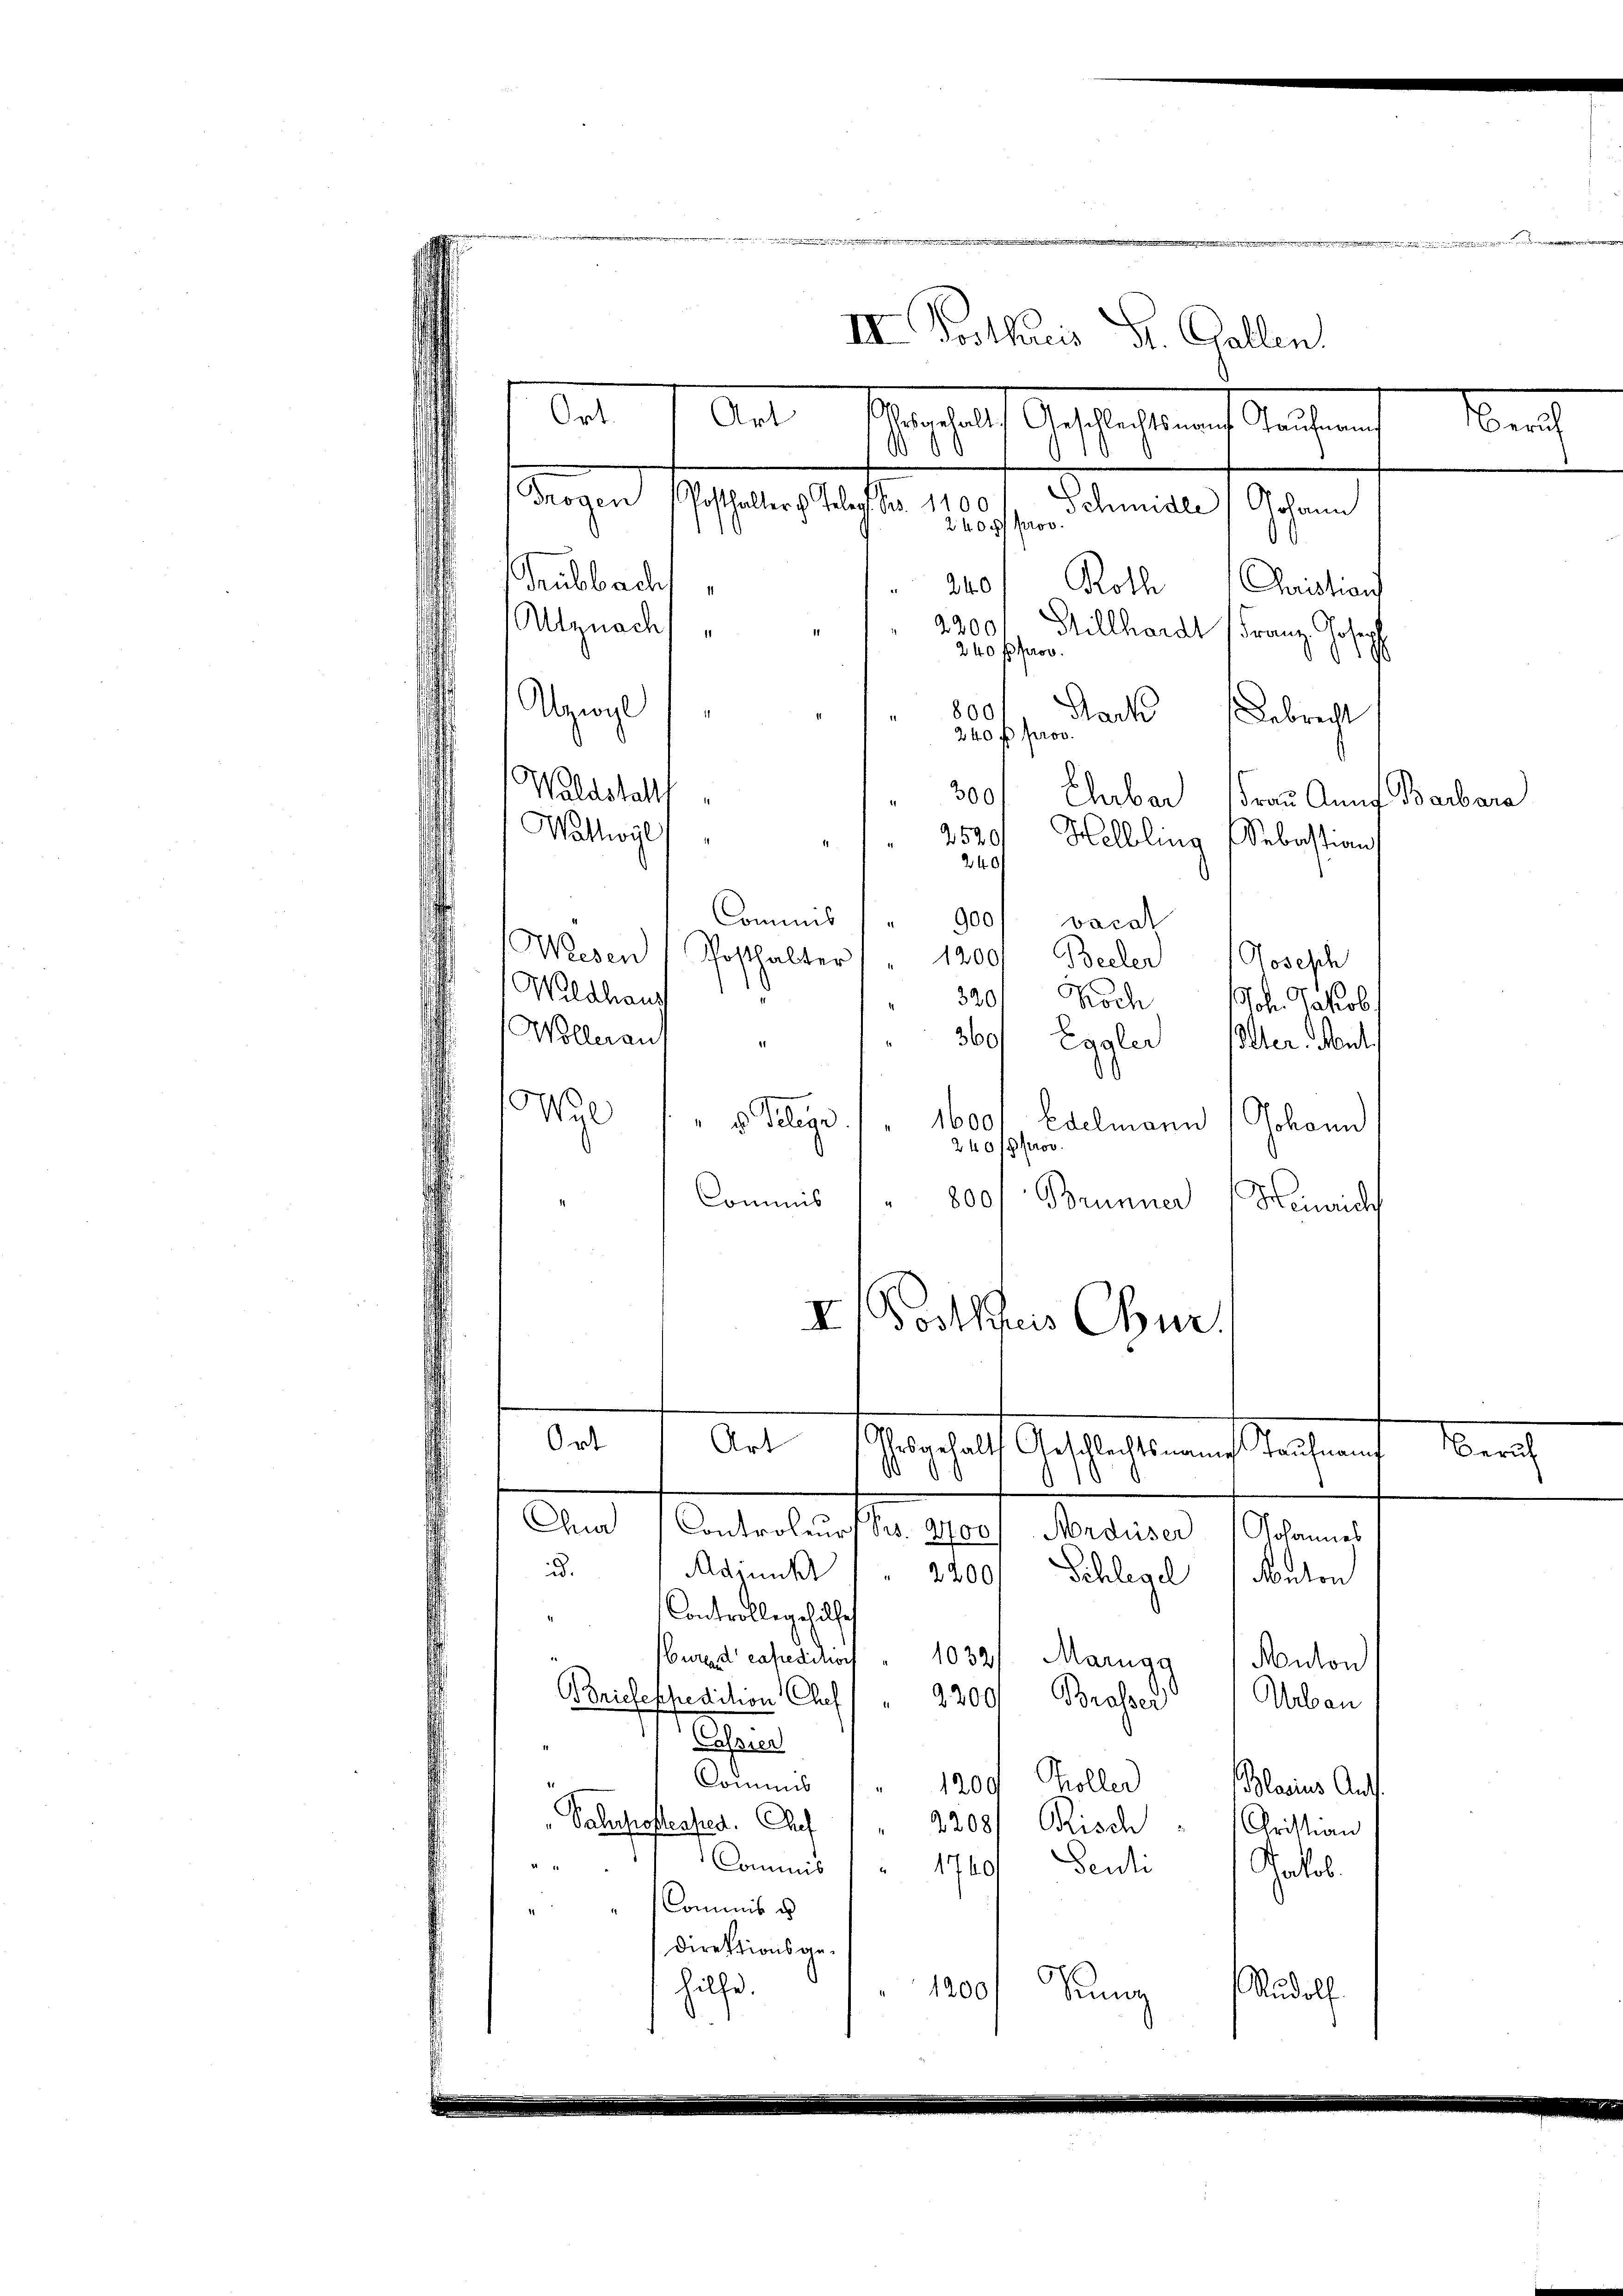
II Postkuris Dr. Gallen.
Ort.
Aut schachlaf geschaften Sachen
e
Dingen
Posthalter h. Telegt. S. 1100
Schmidle) Johann
2400 pro
d

ubbach
240/ Roth
Christian
Altznachs
2200
Billhardt Franz. Joseph
240 f prov
Abzirge
800
Nack
21.
Debrecht
240 f prov.
Waldstalt,
300/ Ehrbar Frau Anna Barbara
Wattwyl
2520
Helbling Sebastian
240
Commis
900/ vaca
Weesen Posthalter " " 1200. Becker Joseph
Wildhaus
320. Noch
oh. Jakob
Wollerauf
360 Lagler Iller. Heut
.
Wyl /" v. Telege. . 1600
Edelmann Johann
240/00
800
Commis
Brünner
Henrich
II Postleis Chur.
Ort
Art
Testalt Gestaltenen Sachen
.
10
Chna Controleurs Bs. 2400 Ardüser Johannes
u.
Adjunkt " " 2200 Schlegel Anton
Controllegehülfe
burastenpredition " 1032) Marigg / Auton
B Briefespedition Chef
9200/ Brasser
Uebau
h
Commis
1200 Koller
Blarius Auff
Paluchostrafen. Auf
2208/ Kisch " Christian
Commis

1760 Peuti
e
Paob.
Commis u
Direktionsgehilfe.
1200
Rudolf
Kunz

Beruf